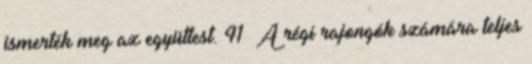
ismerték meg az együttest. 41 A régi rajongók számára teljes